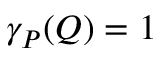
\gamma _ { P } ( Q ) = 1